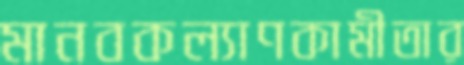
মানবকল্যাণকামীতার